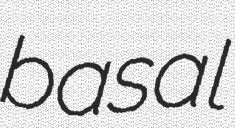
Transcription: basal